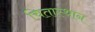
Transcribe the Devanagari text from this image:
चितास्थान